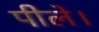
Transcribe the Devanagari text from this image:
पीले।